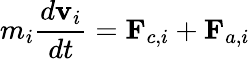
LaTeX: m_{i}\frac{d{\mathbf v}_{i}}{dt}=\mathbf{F}_{c,i}+\mathbf{F}_{a,i}